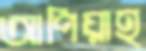
আপিয়াহ